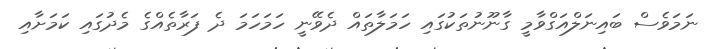
ނަމަވެސް ބައިނަލްއަގްވާމީ ގާނޫނުތަކުގައި ހަމަލާތައް ދެވޭނީ ހަމަހަމަ ދެ ފަރާތެއްގެ މެދުގައި ކަމަށާއި